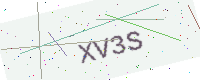
Text: XV3S